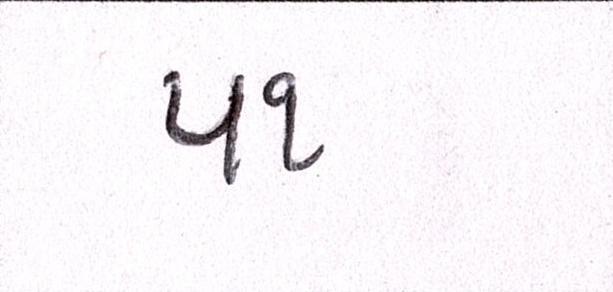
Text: ૫૧